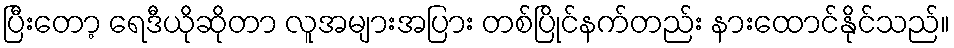
ပြီးတော့ ရေဒီယိုဆိုတာ လူအများအပြား တစ်ပြိုင်နက်တည်း နားထောင်နိုင်သည်။